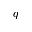
q